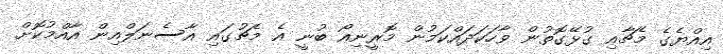
އިއްޔެގެ މެޗާއި ގުޅޭގޮތުން ވާހަކަދައްކަމުން މޮރީނިއޯ ބުނީ އެ މެޗުގައި އާސެނަލްއިން އާއްމުކޮށް